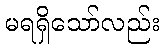
မရရှိသော်လည်း